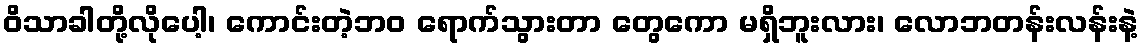
ဝိသာခါတို့လိုပေါ့၊ ကောင်းတဲ့ဘဝ ရောက်သွားတာ တွေကော မရှိဘူးလား၊ လောဘတန်းလန်းနဲ့